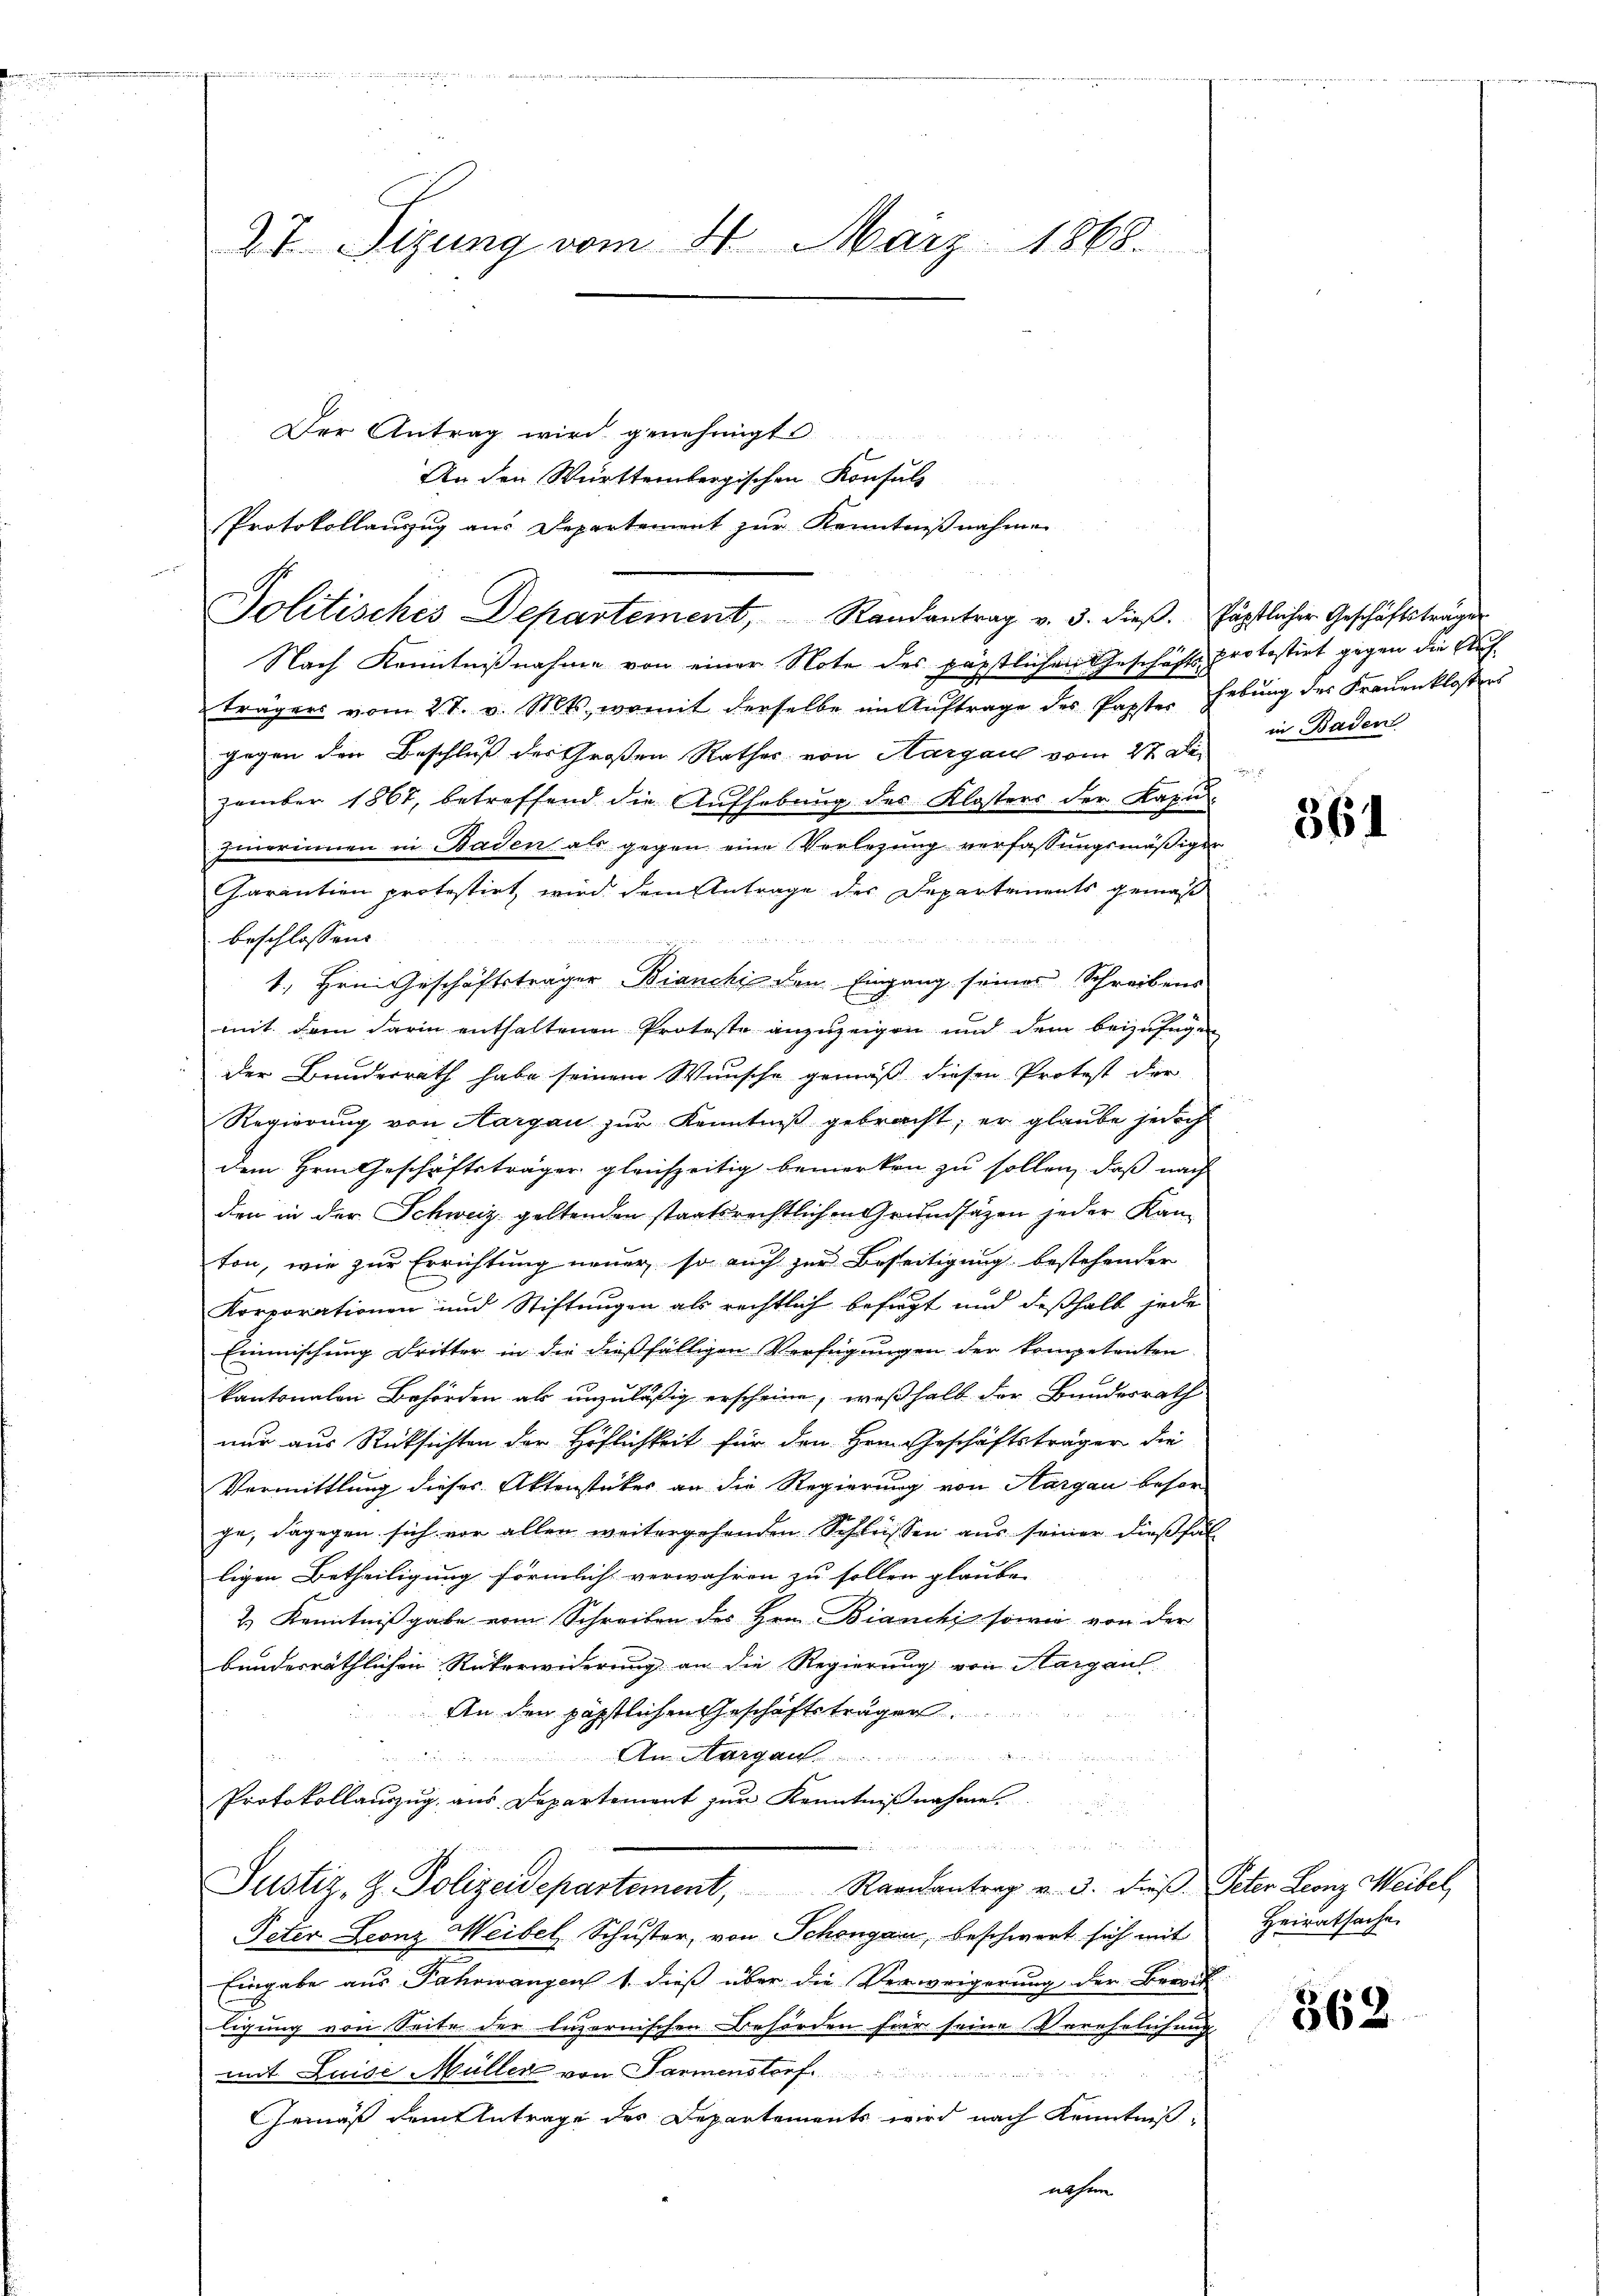
27. Sizung vom 24. März 1868.

Der Antrag wird genehmigt
An den Württembergischen Konsuls
Protokollauszug aus Departement zur Kenntnißnahmen
Nach Kenntnißnahme von einer Note des päpstlichen Geschäftsprotestirt gegen die Aufträgen vom 27. v. Mts., womit derselbe im Auftrage des Papster Hebung des Frauenklosters
gegen den Beschluß der Großen Rathes von Aargau vom 27 Dezember 1867, betreffend die Aŭfhebŭng des Klosters der Kapŭ-
zinerinnen in Baden als gegen eine Verlesung verfassungsmäßigen
Garantion protestirt, wird dem Antrage des Departements gemäß
beschlossen:
         den
u Mitt
1., Hrn. Geschäftsträger Bianchi den Eingang seines Schreibens
mit dem darin enthaltenen Proteste anzuzeigen und dem beizufügen
der Bundesrath habe seinem Wunsche gemäß diesen Protest der
Regierung von Aargau zur Kenntniß gebracht; er glaube jedoch
dem Hrn. Geschäftsträger gleichzeitig bemerken zu sollen, daß nach
den in der Schweiz. geltenden staatsrechtlichen Grundsätzen jeder Kan-
ton, wie zur Errichtung neuer, so auch zur Beseitigung bestehender
Korporationen und Stiftungen als rechtlich befügt und deßhalb jede
Einmischung Dritter in die dießfälligen Verfügungen der kompetenten
kantonalen Behörden als unzuläßig erscheine, weßhalb der Bundesrath
nur aus Rücksichten der Höflichkeit für den Hrn. Geschäftsträger die
Vormittlung dieses Aktenstücker an die Regierung von Hargau besor
ge, dagegen sich vor allen weitergehenden Schleissen aus seiner dießfälligen Betheiligung förmlich verwahren zu sollen glaube.
2.) Kenntnißgabe vom Schreiben des Hrn. Bianchi sowie von der
bundesräthlichen Rükerwiderung an die Regierung von Margaus
An den päpstlichen Geschäftsträgen
Am Aargau
Protokollauszug aus Departement zur Kenntnißnahme

Justiz, H. Polizeidepartement, Raandantrag v. 3. dieß Peter Leonz Weibel,
Peter Leonz Weibel, Schŭster, von Schengau, beschwert sich mit Heiratsache
Eingabe aus Fahrwangen 1. dieß über die Verweigerung der Bereit
ligung von Seite der luzernischen Behörden für seine Verehelichung
mit Luise Müller von Sarmenstorf
Gemäß dem Antrage des Departements wird nach Kenntniß
nehme

Politisches Departement, Randantrag v. 3. dieβ. Päpstlicher Geschäftsträger

in Baden

361

362